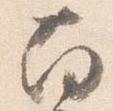
南